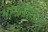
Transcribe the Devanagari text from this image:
भागांबरोबरच